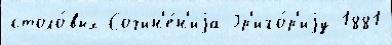
столо́вых Сочин'е́н'иjа Гр'иго́р'иjу 1881